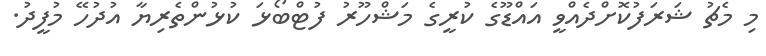
މި މެޗު ޝަރަފުކޮށްދެއްވީ އައްޑޫގެ ކުރީގެ މަޝްހޫރު ފުޓްބޯޅަ ކުޅުންތެރިޔާ އުދުހޭ މުފީދު.